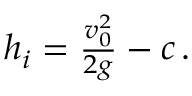
\begin{array} { r } { h _ { i } = \frac { v _ { 0 } ^ { 2 } } { 2 g } - c \, . } \end{array}